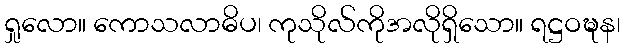
ရှုလော။ ကောသလာဓိပ၊ ကုသိုလ်ကိုအလိုရှိသော။ ရဋ္ဌဝဍ္ဎန၊